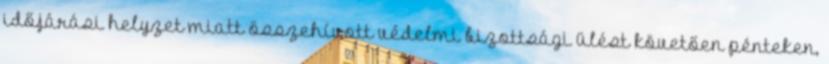
időjárási helyzet miatt összehívott védelmi bizottsági ülést követően pénteken,